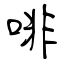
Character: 啡